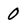
Character: 0